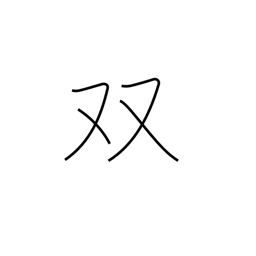
Meaning: pair